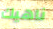
ناهيك